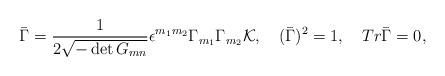
LaTeX: \begin{align*}\bar\Gamma={1\over{2\sqrt{-\det{G_{mn}}}}}\epsilon^{m_1m_2}\Gamma_{m_1}\Gamma_{m_2}{\cal K}, \quad(\bar\Gamma)^2=1,\quad Tr\bar\Gamma=0,\end{align*}